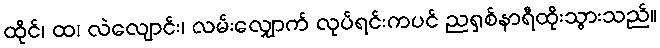
ထိုင်၊ ထ၊ လဲလျောင်း၊ လမ်းလျှောက် လုပ်ရင်းကပင် ညရှစ်နာရီထိုးသွားသည်။